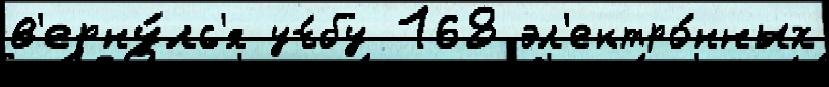
в'ерну́лс'я уч́бу 168 эл'ектро́нных